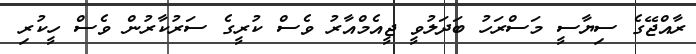
ރާއްޖޭގެ ސިޔާސީ މަސްރަހު ބަދަލުވީ ޖީއެމްއާރު ވެސް ކުރީގެ ސަރުކާރުން ވެސް ހީކުރި